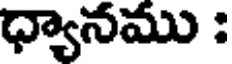
ధ్యానము :